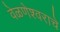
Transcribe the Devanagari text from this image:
वेळणेश्वराचे